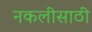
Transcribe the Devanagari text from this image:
नकलीसाठी